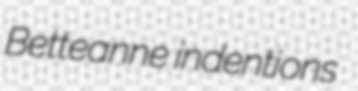
Betteanne indentions